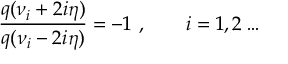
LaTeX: \frac { q ( \nu _ { i } + 2 i \eta ) } { q ( \nu _ { i } - 2 i \eta ) } = - 1 ~ , \qquad i = 1 , 2 \dots